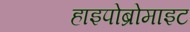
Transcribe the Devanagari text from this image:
हाइपोब्रोमाइट